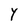
Character: Y